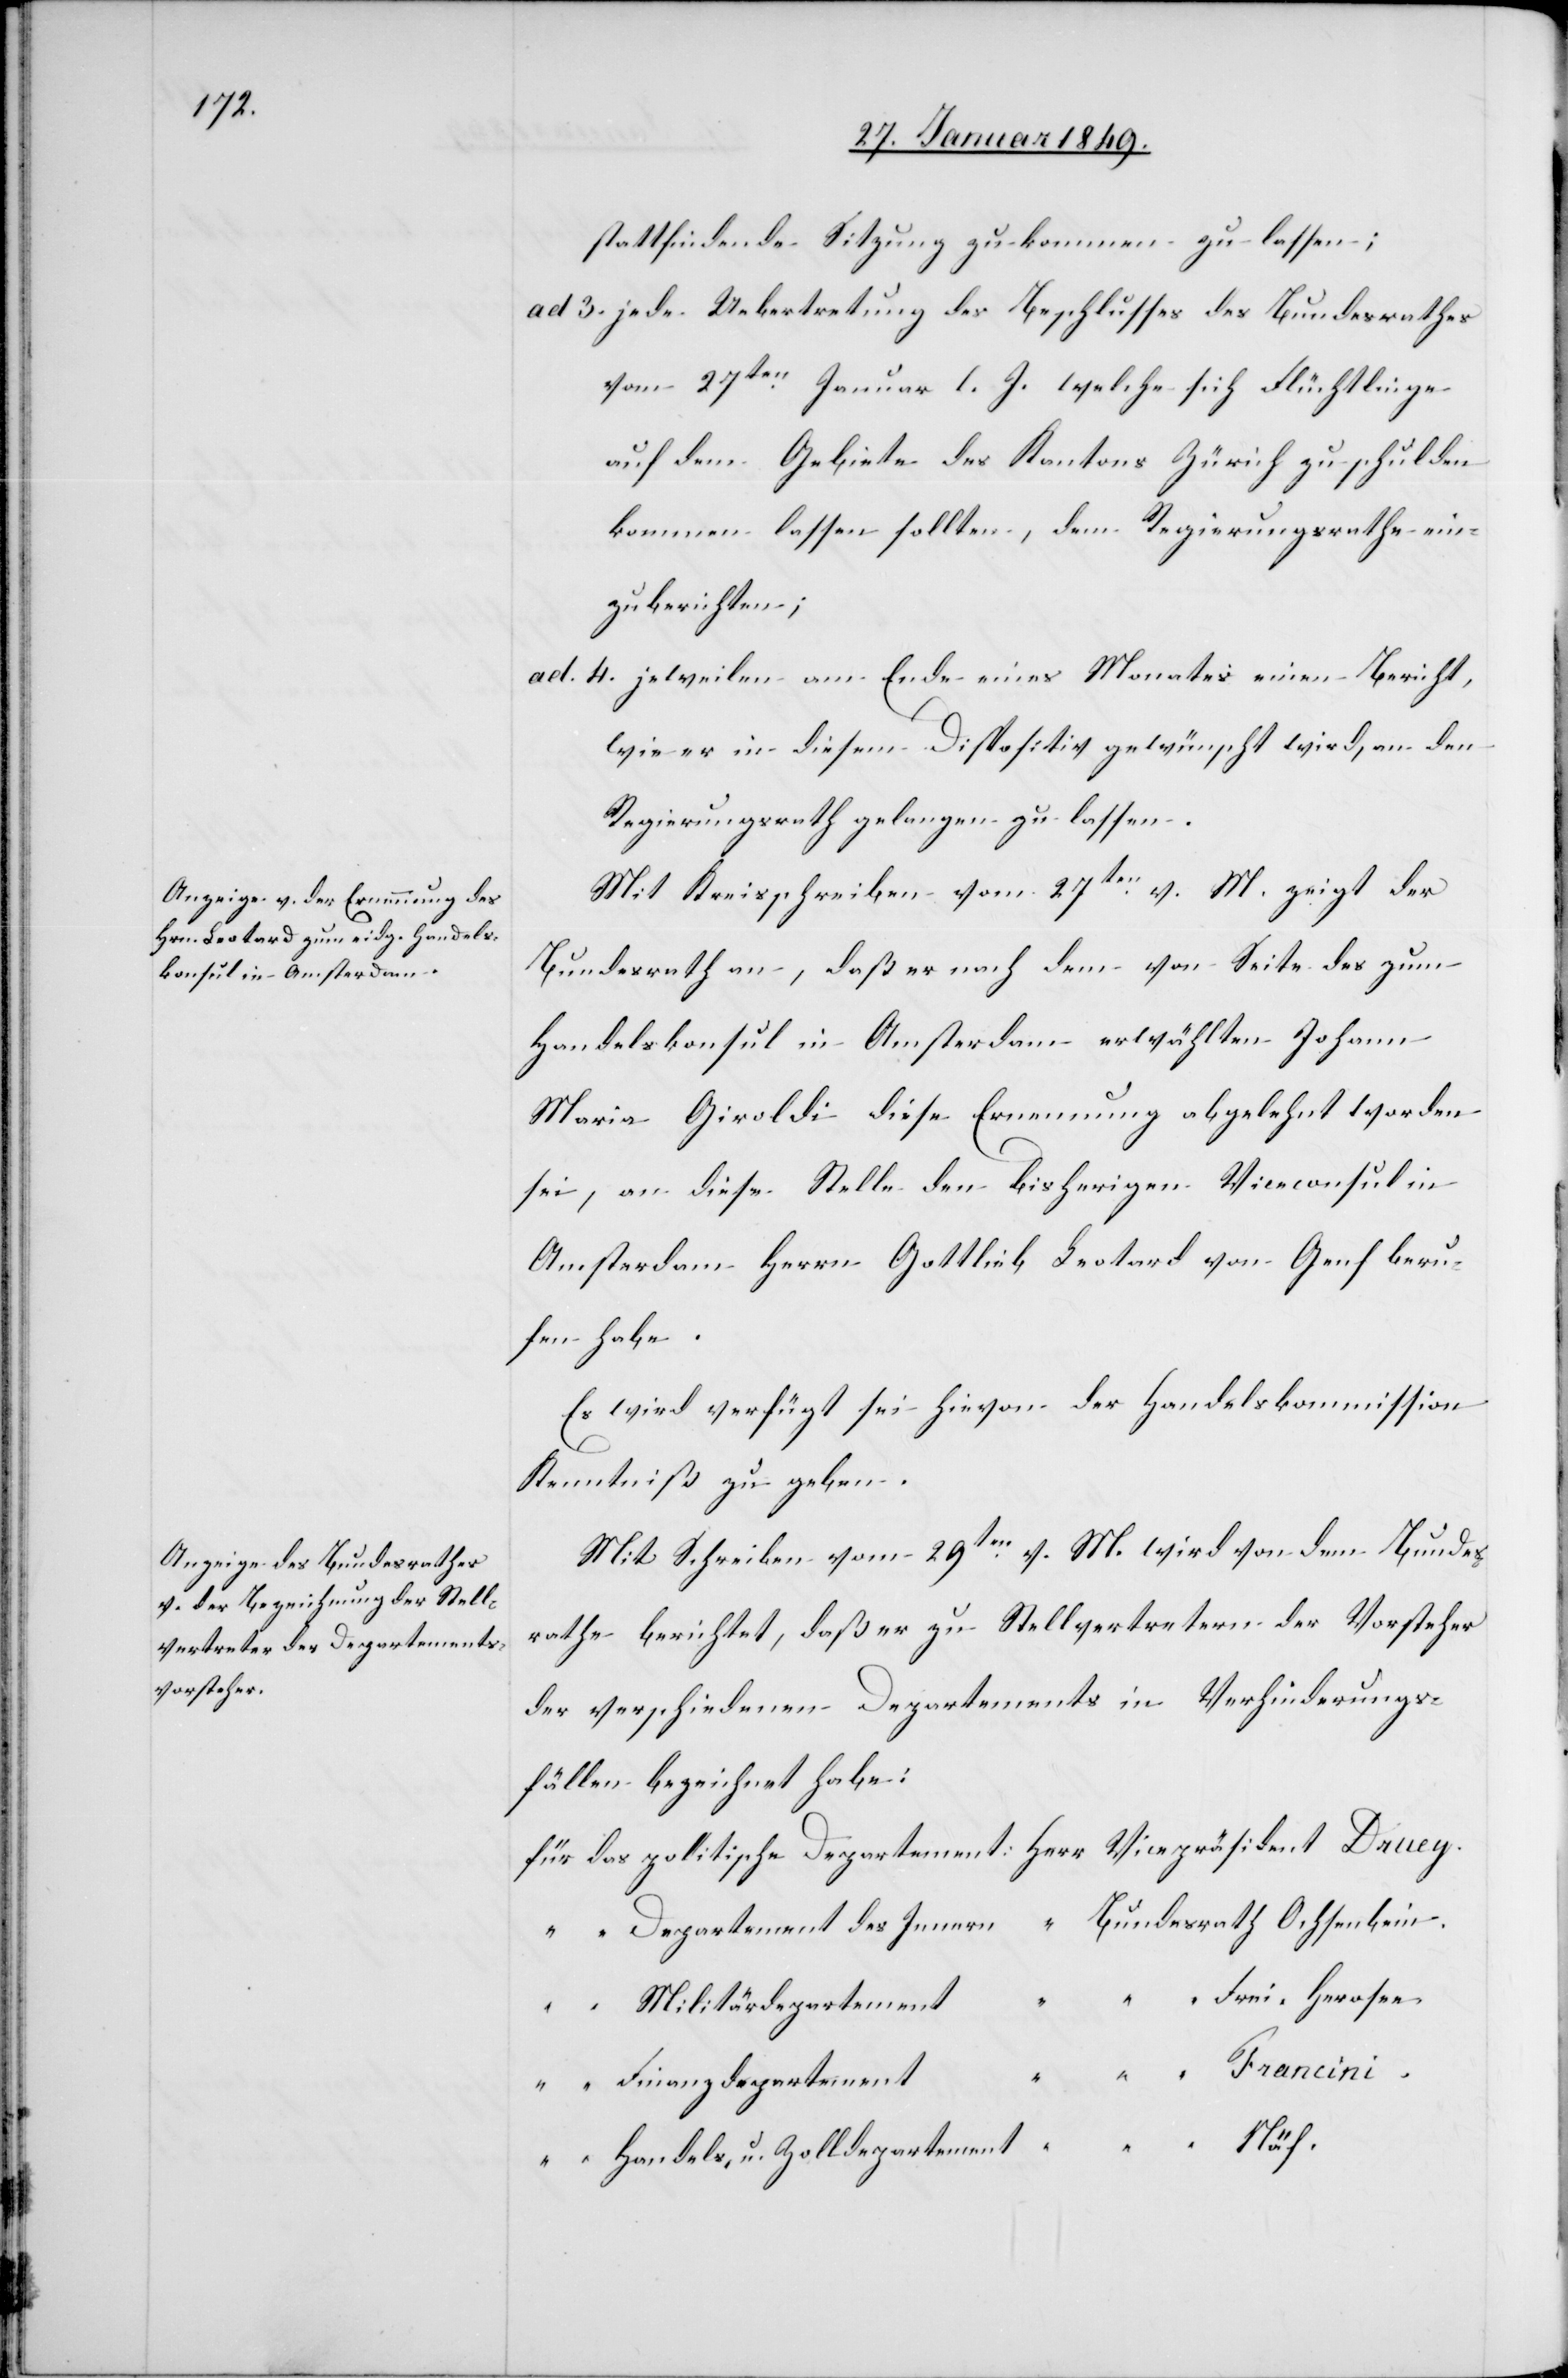
stattfindende Sitzung zukommen zu lassen;
ad 3. jede Uebertretung des Beschlusses des Bundesrathes
vom 27ten. Januar l. J. welche sich Flüchtlinge
auf dem Gebiete des Kantons Zürich zuschulden
kommen lassen sollten, dem Regierungsrathe ein¬
zuberichten;
ad 4. jeweilen am Ende eines Monates einen Bericht,
wie er in diesem Dispositiv gewünscht wird, an den
Regierungsrath gelangen zu lassen.
Mit Kreisschreiben vom 27ten. v. M. zeigt der
Bundesrath an, daß er nach dem von Seite des zum
Handelskonsul in Amsterdam erwählten Johann
Maria Giroldi diese Ernennung abgelehnt worden
sei, an diese Stelle den bisherigen Viceconsul in
Amsterdam Herrn Gottlieb Leotard von Genf beru¬
fen habe.
Es wird verfügt sei hievon der Handelskommission
Kenntniß zu geben.
Mit Schreiben vom 29ten. v. M. wird von dem Bundes¬
rathe berichtet, daß er zu Stellvertretern der Vorsteher
der verschiedenen Departements in Verhinderungs¬
fällen bezeichnet habe:
für das politische Departement:	Herr Vicepräsident Druey.
“ “ Departement des Innern	 “ Bundesrath Ochsenbein.
“ “ Frei-Herosee.
“ “ Militärdepartement
“ “ Francini.
“ “ Finanzdepartement
“ “ Handels- u. Zolldepartement	 “ “ Näf.